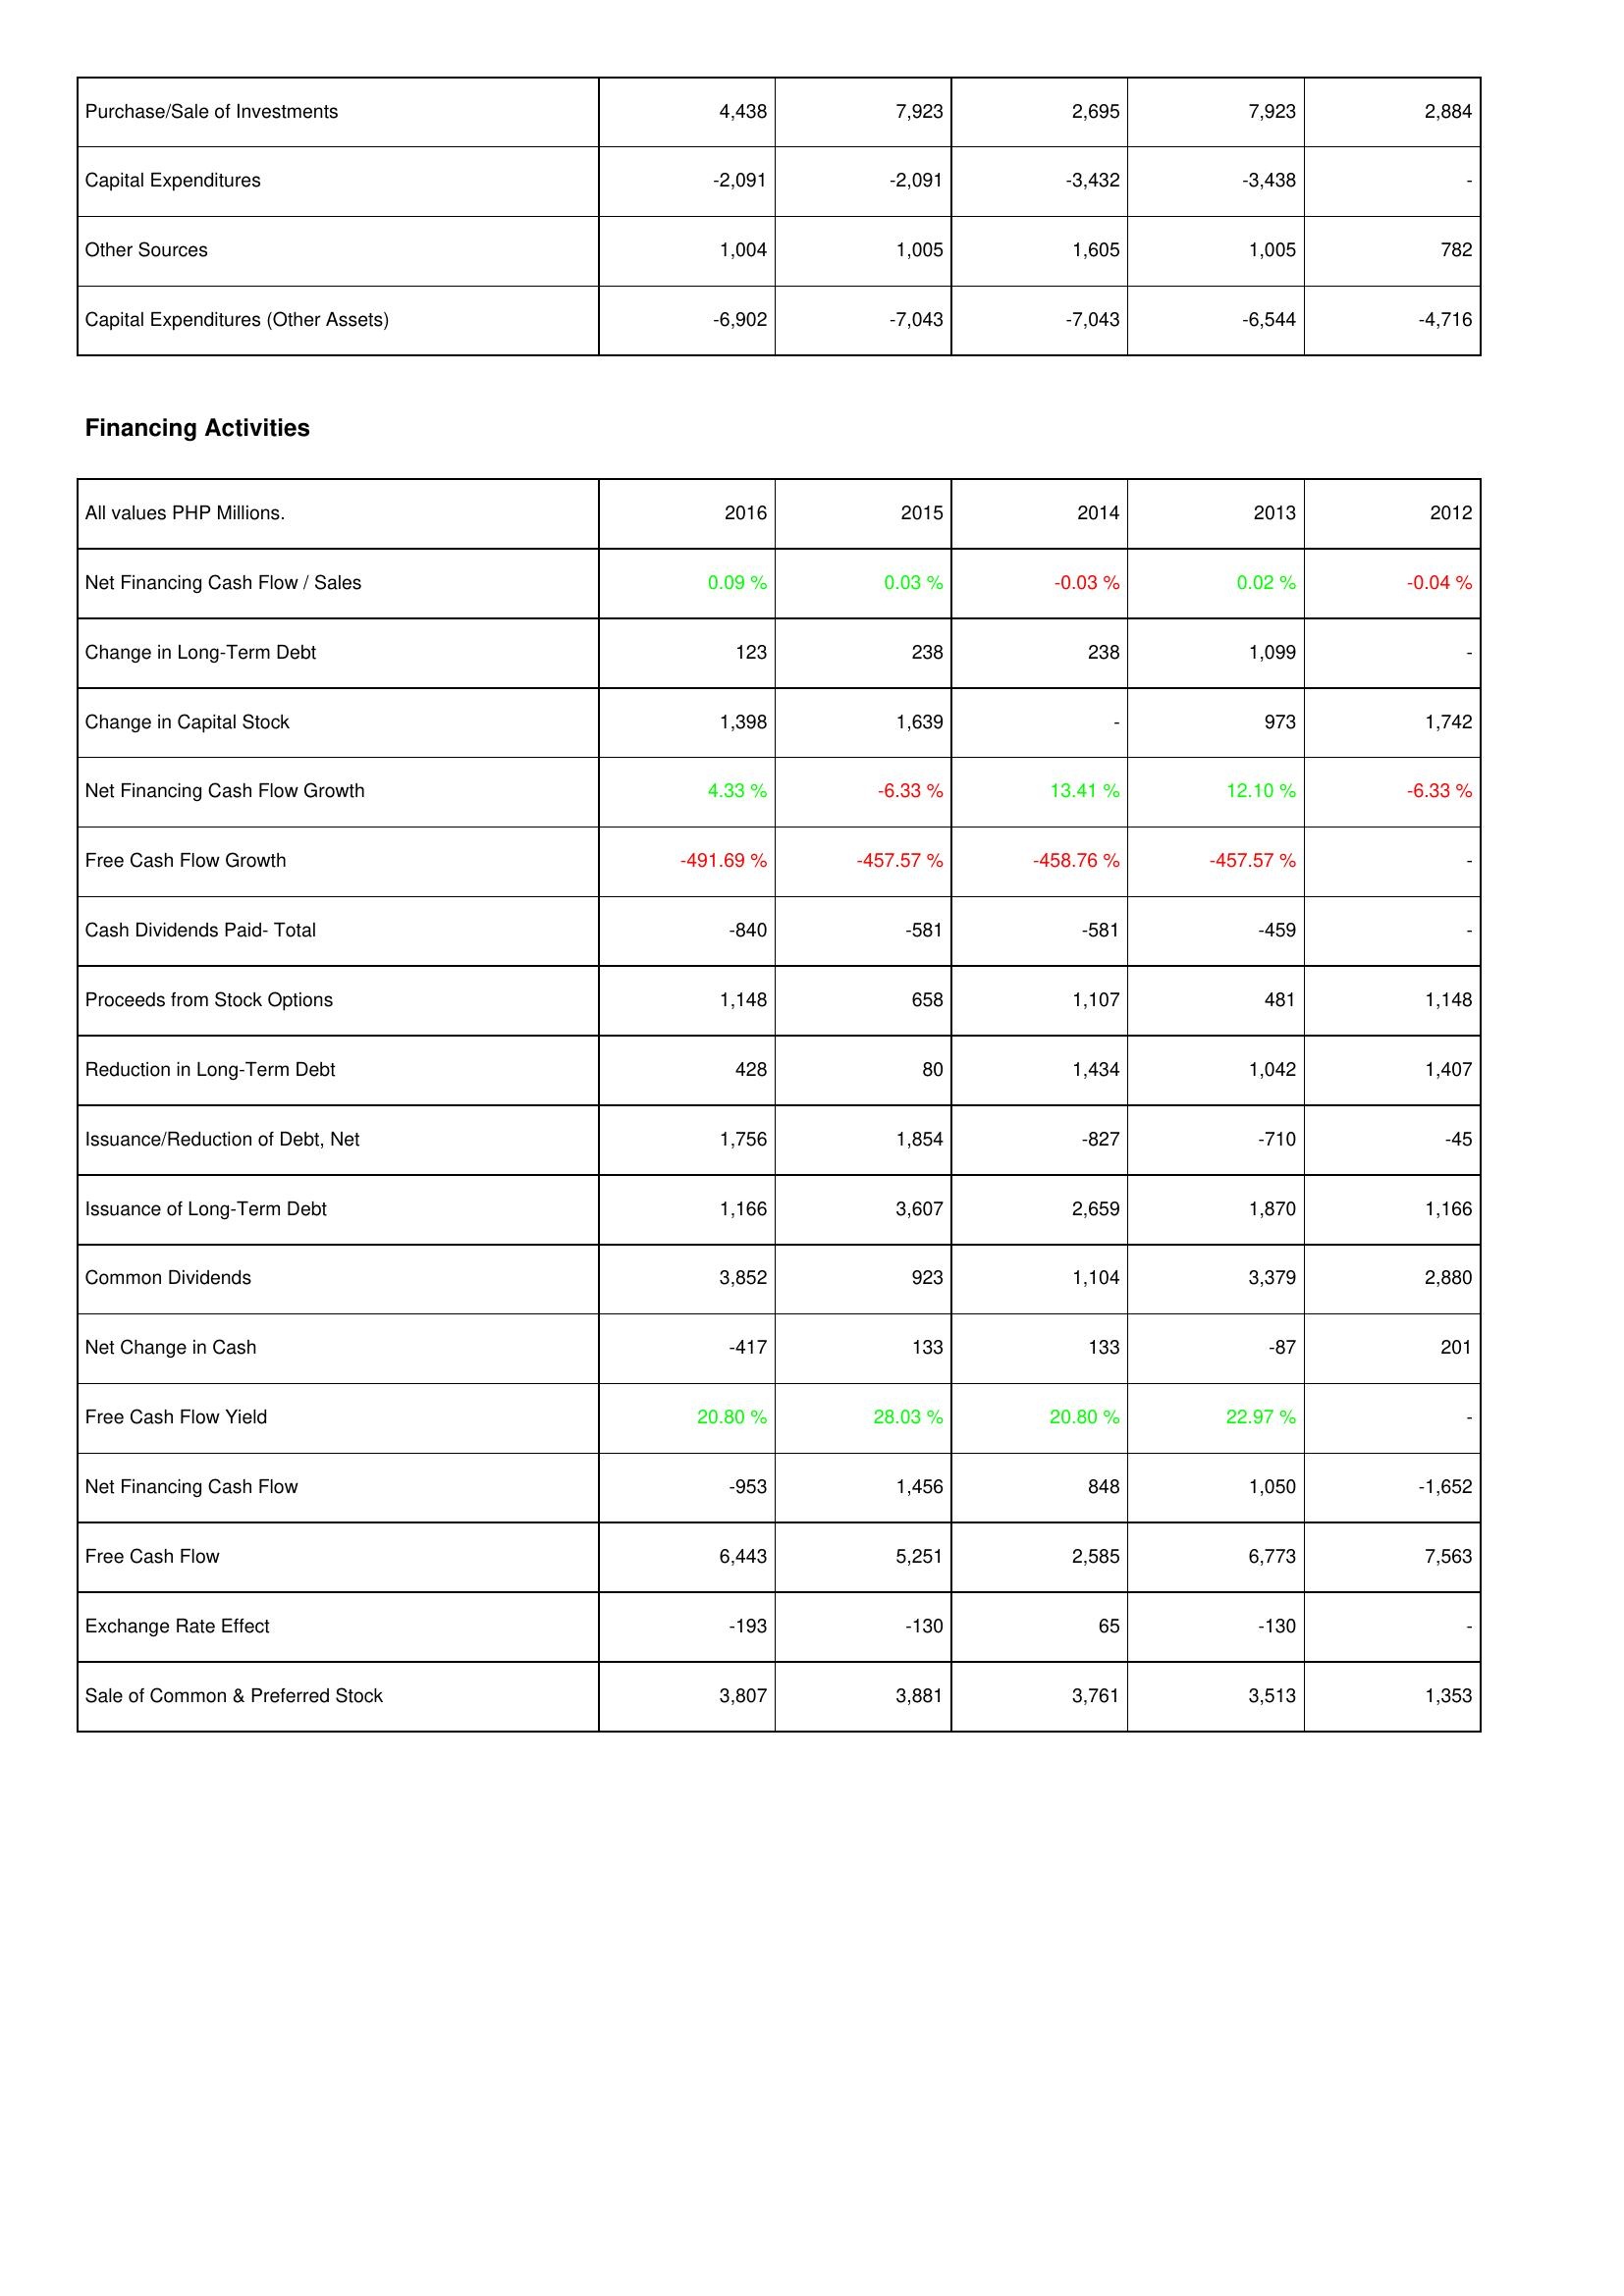
2016: Investing Activities: Purchase/Sale of Investments: 4,438
Capital Expenditures: -2,091
Other Sources: 1,004
Capital Expenditures (Other Assets): -6,902
Financing Activities: Net Financing Cash Flow / Sales: 0.09 %
Change in Long-Term Debt: 123
Change in Capital Stock: 1,398
Net Financing Cash Flow Growth: 4.33 %
Free Cash Flow Growth: -491.69 %
Cash Dividends Paid- Total: -840
Proceeds from Stock Options: 1,148
Reduction in Long-Term Debt: 428
Issuance/Reduction of Debt, Net: 1,756
Issuance of Long-Term Debt: 1,166
Common Dividends: 3,852
Net Change in Cash: -417
Free Cash Flow Yield: 20.80 %
Net Financing Cash Flow: -953
Free Cash Flow: 6,443
Exchange Rate Effect: -193
Sale of Common & Preferred Stock: 3,807
2015: Investing Activities: Purchase/Sale of Investments: 7,923
Capital Expenditures: -2,091
Other Sources: 1,005
Capital Expenditures (Other Assets): -7,043
Financing Activities: Net Financing Cash Flow / Sales: 0.03 %
Change in Long-Term Debt: 238
Change in Capital Stock: 1,639
Net Financing Cash Flow Growth: -6.33 %
Free Cash Flow Growth: -457.57 %
Cash Dividends Paid- Total: -581
Proceeds from Stock Options: 658
Reduction in Long-Term Debt: 80
Issuance/Reduction of Debt, Net: 1,854
Issuance of Long-Term Debt: 3,607
Common Dividends: 923
Net Change in Cash: 133
Free Cash Flow Yield: 28.03 %
Net Financing Cash Flow: 1,456
Free Cash Flow: 5,251
Exchange Rate Effect: -130
Sale of Common & Preferred Stock: 3,881
2014: Investing Activities: Purchase/Sale of Investments: 2,695
Capital Expenditures: -3,432
Other Sources: 1,605
Capital Expenditures (Other Assets): -7,043
Financing Activities: Net Financing Cash Flow / Sales: -0.03 %
Change in Long-Term Debt: 238
Change in Capital Stock: -
Net Financing Cash Flow Growth: 13.41 %
Free Cash Flow Growth: -458.76 %
Cash Dividends Paid- Total: -581
Proceeds from Stock Options: 1,107
Reduction in Long-Term Debt: 1,434
Issuance/Reduction of Debt, Net: -827
Issuance of Long-Term Debt: 2,659
Common Dividends: 1,104
Net Change in Cash: 133
Free Cash Flow Yield: 20.80 %
Net Financing Cash Flow: 848
Free Cash Flow: 2,585
Exchange Rate Effect: 65
Sale of Common & Preferred Stock: 3,761
2013: Investing Activities: Purchase/Sale of Investments: 7,923
Capital Expenditures: -3,438
Other Sources: 1,005
Capital Expenditures (Other Assets): -6,544
Financing Activities: Net Financing Cash Flow / Sales: 0.02 %
Change in Long-Term Debt: 1,099
Change in Capital Stock: 973
Net Financing Cash Flow Growth: 12.10 %
Free Cash Flow Growth: -457.57 %
Cash Dividends Paid- Total: -459
Proceeds from Stock Options: 481
Reduction in Long-Term Debt: 1,042
Issuance/Reduction of Debt, Net: -710
Issuance of Long-Term Debt: 1,870
Common Dividends: 3,379
Net Change in Cash: -87
Free Cash Flow Yield: 22.97 %
Net Financing Cash Flow: 1,050
Free Cash Flow: 6,773
Exchange Rate Effect: -130
Sale of Common & Preferred Stock: 3,513
2012: Investing Activities: Purchase/Sale of Investments: 2,884
Capital Expenditures: -
Other Sources: 782
Capital Expenditures (Other Assets): -4,716
Financing Activities: Net Financing Cash Flow / Sales: -0.04 %
Change in Long-Term Debt: -
Change in Capital Stock: 1,742
Net Financing Cash Flow Growth: -6.33 %
Free Cash Flow Growth: -
Cash Dividends Paid- Total: -
Proceeds from Stock Options: 1,148
Reduction in Long-Term Debt: 1,407
Issuance/Reduction of Debt, Net: -45
Issuance of Long-Term Debt: 1,166
Common Dividends: 2,880
Net Change in Cash: 201
Free Cash Flow Yield: -
Net Financing Cash Flow: -1,652
Free Cash Flow: 7,563
Exchange Rate Effect: -
Sale of Common & Preferred Stock: 1,353